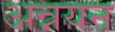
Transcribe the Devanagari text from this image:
अन्नयन